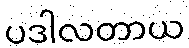
ပဒါလတာယ